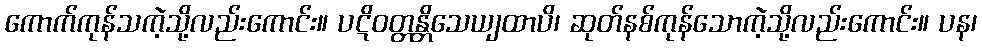
ကောက်ကုန်သကဲ့သို့လည်းကောင်း။ ပဋိဝတ္တန္တိသေယျထာပိ၊ ဆုတ်နစ်ကုန်သောကဲ့သို့လည်းကောင်း။ ပန၊